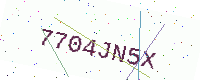
Text: 7704JN5X